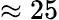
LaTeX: \approx 25